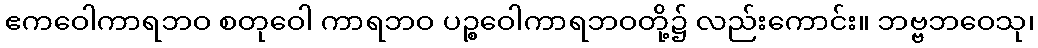
ဧကဝေါကာရဘဝ စတုဝေါ ကာရဘဝ ပဉ္စဝေါကာရဘဝတို့၌ လည်းကောင်း။ ဘဗ္ဗဘဝေသု၊